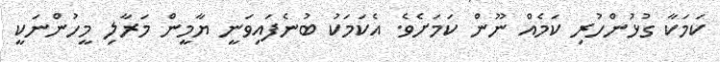
ކަމަކާ ގުޅުންހުރި ކަމެއް ނޫން ކަމަށެވެ. އެކަމަކު ބުނެފައިވަނީ ޔާމީން މަރާލި މީހުންނަކީ